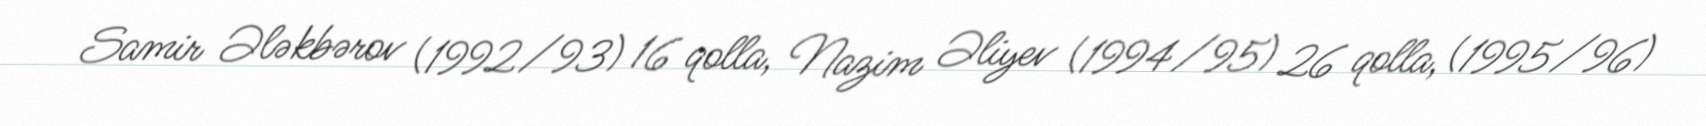
Samir Ələkbərov (1992/93) 16 qolla, Nazim Əliyev (1994/95) 26 qolla, (1995/96)